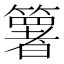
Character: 𥵟